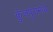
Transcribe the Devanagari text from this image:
कुंजपुरामध्ये